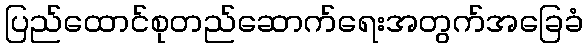
ပြည်ထောင်စုတည်ဆောက်ရေးအတွက်အခြေခံ